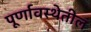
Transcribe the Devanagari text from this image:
पूर्णावस्थेतील